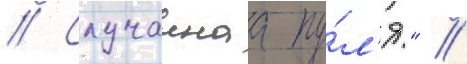
// Случаинаа пу́л'я." //